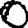
Digit: 0